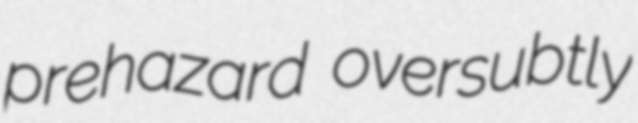
prehazard oversubtly